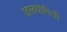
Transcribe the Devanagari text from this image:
जलयोगिनी